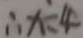
\therefore x = 4